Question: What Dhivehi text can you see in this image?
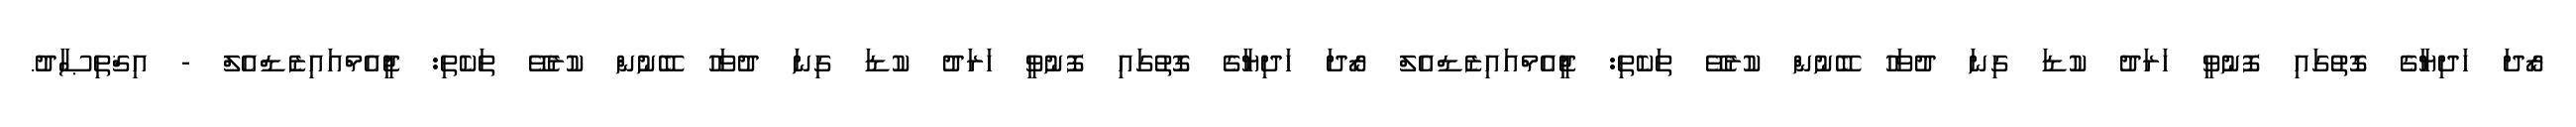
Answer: ރޯދަ ހަދިޔާގެ ގޮތުގައި ފޮނުވީ ހަރަދު ކުޑަ ގިނަ ދުވަހު ބޭނުން ކުރެވޭ ތަކެތި: ޖީއެމްއައިޒެޑްއެލް ރޯދަ ހަދިޔާގެ ގޮތުގައި ފޮނުވީ ހަރަދު ކުޑަ ގިނަ ދުވަހު ބޭނުން ކުރެވޭ ތަކެތި: ޖީއެމްއައިޒެޑްއެލް - އިޤްތިޞާދު.